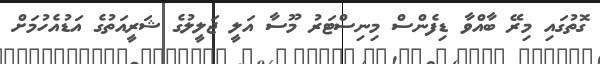
ގޮތުގައި މިރޭ ބާއްވާ ޑިފެންސް މިނިސްޓަރު މޫސާ އަލީ ޖަލީލުގެ ޝަރީއަތުގެ އަޑުއެހުމަށް